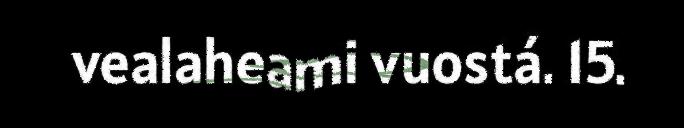
vealaheami vuostá. 15.